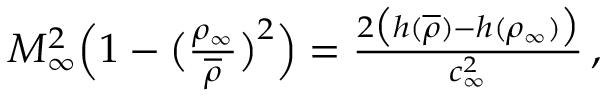
\begin{array} { r } { M _ { \infty } ^ { 2 } \Big ( 1 - \big ( \frac { \rho _ { \infty } } { \overline { { \rho } } } \big ) ^ { 2 } \Big ) = \frac { 2 \big ( h ( \overline { { \rho } } ) - h ( \rho _ { \infty } ) \big ) } { c _ { \infty } ^ { 2 } } \, , } \end{array}